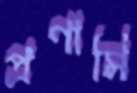
প্রণামি